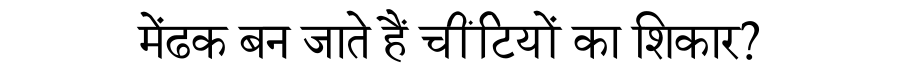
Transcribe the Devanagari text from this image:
मेंढक बन जाते हैं चींटियों का शिकार?